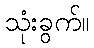
သုံးခွက်။